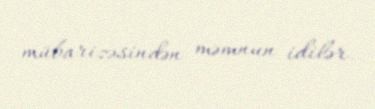
mübarizəsindən məmnun idilər.